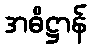
အဓိဋ္ဌာန်